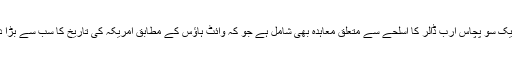
ان معاہدوں میں ایک سو پچاس ارب ڈالر کا اسلحے سے متعلق معاہدہ بھی شامل ہے جو کہ وائٹ ہاؤس کے مطابق امریکہ کی تاریخ کا سب سے بڑا دفاعی معاہدہ ہے۔